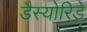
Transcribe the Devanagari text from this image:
डैस्योरिडे